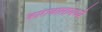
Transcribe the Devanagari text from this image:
कारावासामध्ये